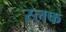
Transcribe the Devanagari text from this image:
स्लफ